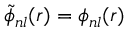
\widetilde { \phi } _ { n l } ( r ) = \phi _ { n l } ( r )